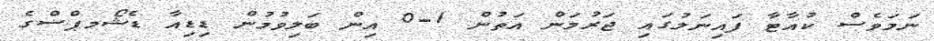
ނަމަވެސް ކުއާޓާ ފައިނަލުގައި ޖަރުމަން އަތުން 1-0 އިން ބަލިވުމުން ޑިޑިއާ ޑެޝޯމޕްސްގެ